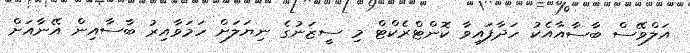
އަލްވޭސް ބާސާއާއެކު ހަދާފައިވާ ކޮންޓްރެކްޓް މި ސީޒަނުގެ ނިޔަލަށް ހަމަވާއިރު ބާސާއިން އޭނާއަށް